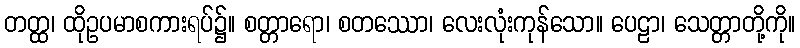
တတ္ထ၊ ထိုဥပမာစကားရပ်၌။ စတ္တာရော၊ စတဿော၊ လေးလုံးကုန်သော။ ပေဠာ၊ သေတ္တာတို့ကို။